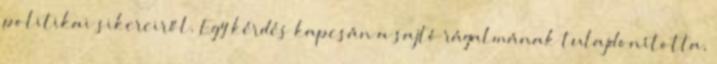
politikai sikereiről. Egy kérdés kapcsán a sajtó rágalmának tulajdonította,